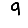
Digit: 9